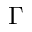
\Gamma